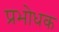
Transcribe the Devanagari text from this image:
प्रभोधक